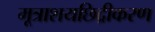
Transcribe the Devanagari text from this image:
मूत्राशयछिद्रीकरण